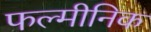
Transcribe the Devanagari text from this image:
फल्मीनिक